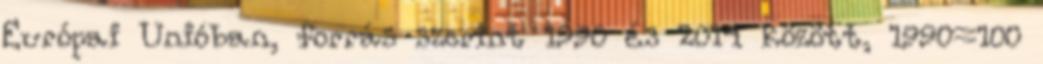
Európai Unióban, forrás szerint 1990 és 2014 között, 1990=100